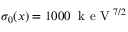
\sigma _ { 0 } ( x ) = 1 0 0 0 \; \mathrm { ~ k ~ e ~ V ~ } ^ { 7 / 2 }